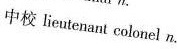
中校lieutenant colonel n.